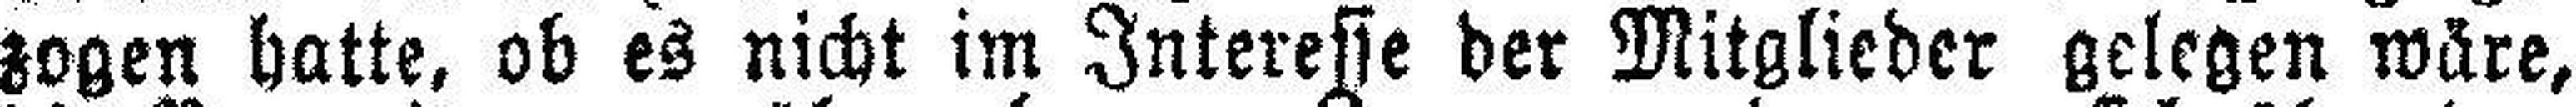
zogen hatte, ob es nicht im Interesie der Mitglieder gelegen wäre,